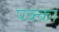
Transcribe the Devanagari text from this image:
पक्‍का